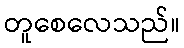
တူစေလေသည်။